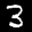
Label: 3